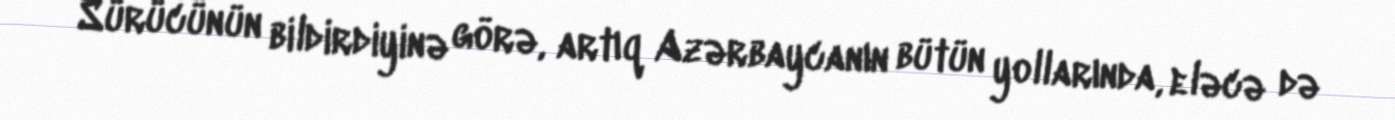
Sürücünün bildirdiyinə görə, artıq Azərbaycanın bütün yollarında, eləcə də